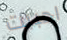
احببت